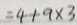
= 4 + a \times 3